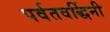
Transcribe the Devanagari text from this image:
पर्वतवर्द्धिनी